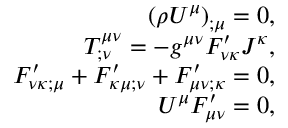
\begin{array} { r } { \left( \rho U ^ { \mu } \right) _ { ; \mu } = 0 , } \\ { T _ { ; \nu } ^ { \mu \nu } = - g ^ { \mu \nu } F _ { \nu \kappa } ^ { \prime } J ^ { \kappa } , } \\ { F _ { \nu \kappa ; \mu } ^ { \prime } + F _ { \kappa \mu ; \nu } ^ { \prime } + F _ { \mu \nu ; \kappa } ^ { \prime } = 0 , } \\ { U ^ { \mu } F _ { \mu \nu } ^ { \prime } = 0 , } \end{array}